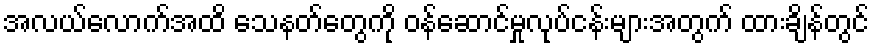
အလယ်လောက်အထိ သေနတ်တွေကို ဝန်ဆောင်မှုလုပ်ငန်းများအတွက် ထားချိန်တွင်